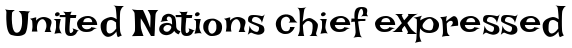
United Nations chief expressed